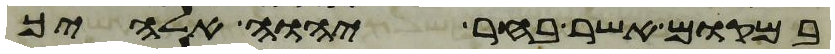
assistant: במקום אשר בחר יהוה אלהיך